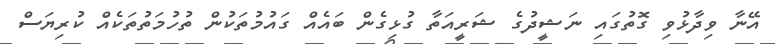
އޭނާ ވިދާޅުވި ގޮތުގައި ނަޝީދުގެ ޝަރީއަތާ ގުޅިގެން ބައެއް ގައުމުތަކުން ތުހުމަތުތަކެއް ކުރިޔަސް